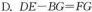
D.DE-BG=FG